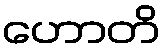
ဟောတိ